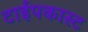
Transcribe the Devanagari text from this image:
टाईपकास्ट